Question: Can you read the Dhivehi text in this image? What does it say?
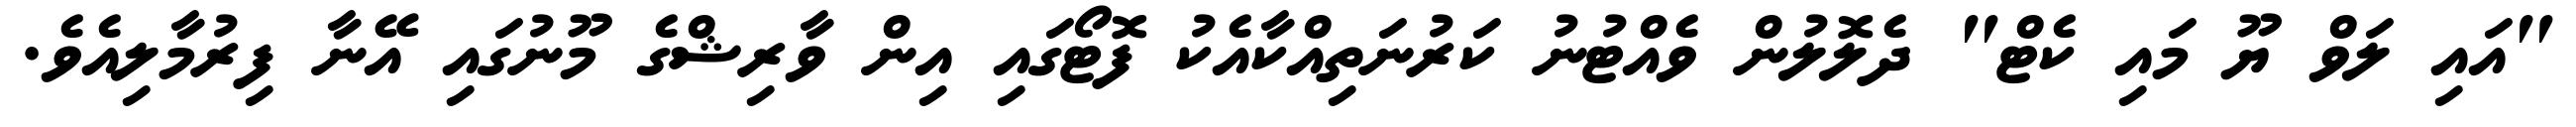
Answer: "އައި ލަވް ޔޫ މައި ކެޓް" ދެލޮލުން ވެއްޓުނު ކަރުނަތިއްކާއެކު ފޮޓޯގައި އިން ވާރިޝްގެ މޫނުގައި އޭނާ ފިރުމާލިއެވެ.